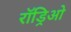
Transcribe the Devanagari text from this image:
रॉड्रिओ